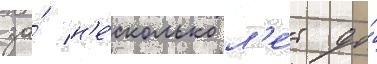
за́ н'е́сколько л'е́т до́